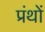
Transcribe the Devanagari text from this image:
प्रंथों